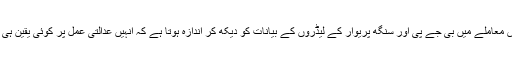
حالانکہ عدالت نے یہ سماعت آئندہ 10جنوری تک ہی مؤخر کی ہے لیکن اس معاملے میں بی جے پی اور سنگھ پریوار کے لیڈروں کے بیانات کو دیکھ کر اندازہ ہوتا ہے کہ انہیں عدالتی عمل پر کوئی یقین ہی نہیں ہے اور وہ عدالت سے صرف وہی سننا چاہتے ہیں جو انہیں پسند آتا ہے۔